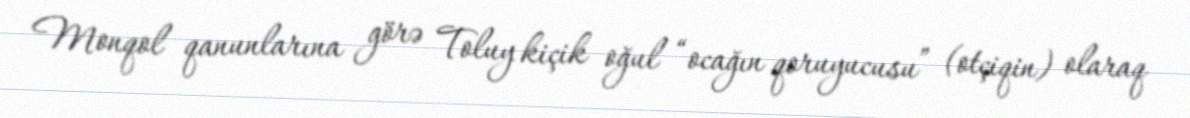
Monqol qanunlarına görə Toluy kiçik oğul “ocağın qoruyucusu” (otçiqin) olaraq